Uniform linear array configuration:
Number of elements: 64
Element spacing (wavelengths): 0.25
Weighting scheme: kaiser
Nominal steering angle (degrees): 45
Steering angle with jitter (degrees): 43.349
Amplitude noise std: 0.05
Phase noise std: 0.05

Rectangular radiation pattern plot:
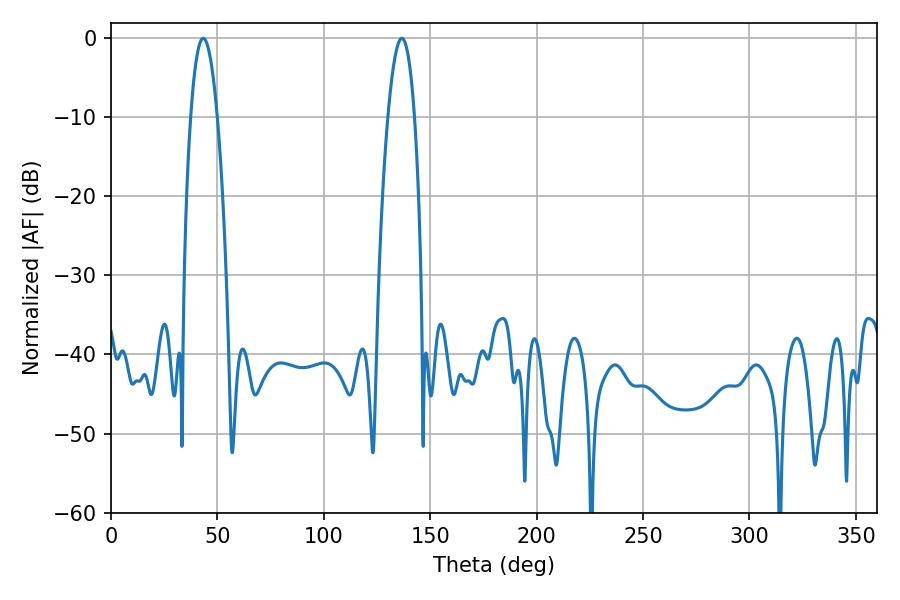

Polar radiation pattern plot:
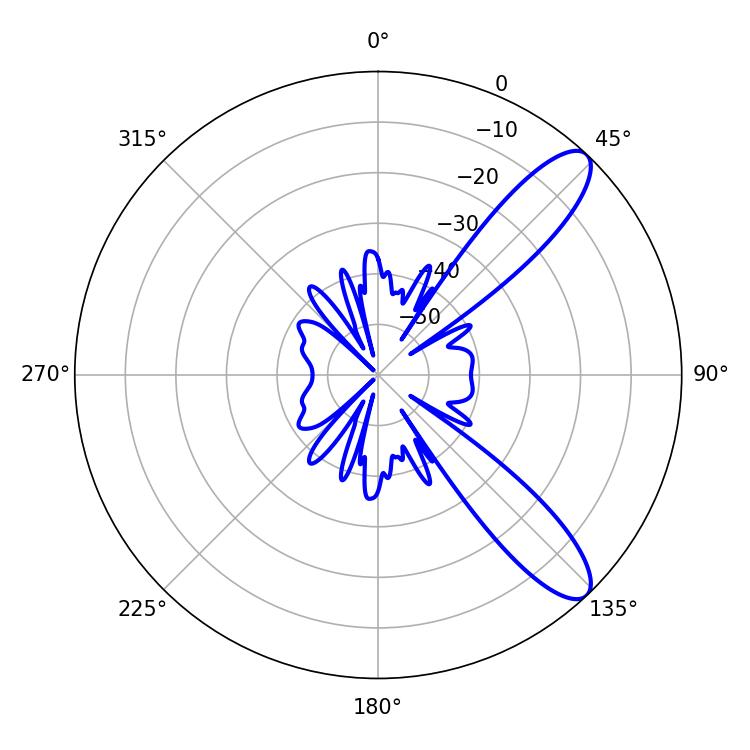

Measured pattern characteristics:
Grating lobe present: FALSE
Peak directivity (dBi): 10.501
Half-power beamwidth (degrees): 6.84
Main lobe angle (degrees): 43.38